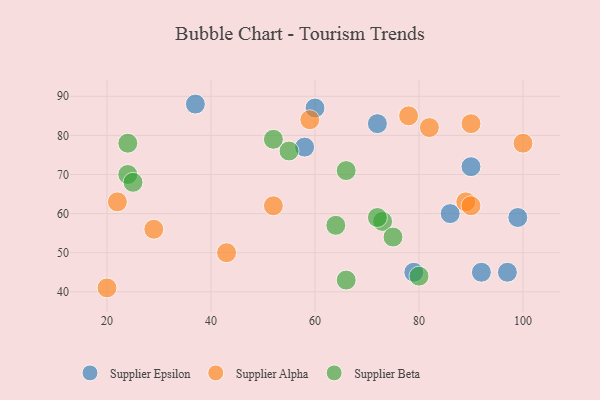
{"axis": {"x": "GDP", "y": "Life Expectancy"}, "legend": ["Supplier Alpha", "Supplier Beta", "Supplier Epsilon"], "data": [{"x": "99", "y": 59, "type": "Supplier Epsilon"}, {"x": "92", "y": 45, "type": "Supplier Epsilon"}, {"x": "79", "y": 45, "type": "Supplier Epsilon"}, {"x": "60", "y": 87, "type": "Supplier Epsilon"}, {"x": "37", "y": 88, "type": "Supplier Epsilon"}, {"x": "72", "y": 83, "type": "Supplier Epsilon"}, {"x": "86", "y": 60, "type": "Supplier Epsilon"}, {"x": "97", "y": 45, "type": "Supplier Epsilon"}, {"x": "58", "y": 77, "type": "Supplier Epsilon"}, {"x": "90", "y": 72, "type": "Supplier Epsilon"}, {"x": "90", "y": 83, "type": "Supplier Alpha"}, {"x": "82", "y": 82, "type": "Supplier Alpha"}, {"x": "59", "y": 84, "type": "Supplier Alpha"}, {"x": "29", "y": 56, "type": "Supplier Alpha"}, {"x": "89", "y": 63, "type": "Supplier Alpha"}, {"x": "100", "y": 78, "type": "Supplier Alpha"}, {"x": "22", "y": 63, "type": "Supplier Alpha"}, {"x": "43", "y": 50, "type": "Supplier Alpha"}, {"x": "52", "y": 62, "type": "Supplier Alpha"}, {"x": "78", "y": 85, "type": "Supplier Alpha"}, {"x": "90", "y": 62, "type": "Supplier Alpha"}, {"x": "20", "y": 41, "type": "Supplier Alpha"}, {"x": "73", "y": 58, "type": "Supplier Beta"}, {"x": "80", "y": 44, "type": "Supplier Beta"}, {"x": "52", "y": 79, "type": "Supplier Beta"}, {"x": "72", "y": 59, "type": "Supplier Beta"}, {"x": "24", "y": 70, "type": "Supplier Beta"}, {"x": "66", "y": 43, "type": "Supplier Beta"}, {"x": "24", "y": 78, "type": "Supplier Beta"}, {"x": "55", "y": 76, "type": "Supplier Beta"}, {"x": "25", "y": 68, "type": "Supplier Beta"}, {"x": "64", "y": 57, "type": "Supplier Beta"}, {"x": "75", "y": 54, "type": "Supplier Beta"}, {"x": "66", "y": 71, "type": "Supplier Beta"}]}